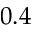
0 . 4